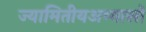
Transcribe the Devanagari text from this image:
ज्यामितीयअभ्यासों